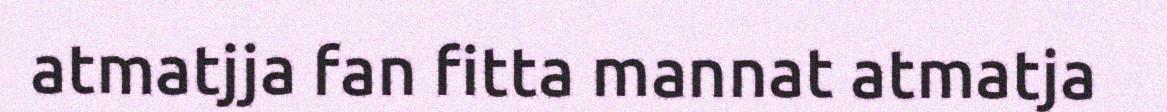
atmatjja fan fitta mannat atmatja